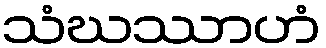
သံဃဿာဟံ